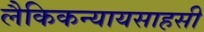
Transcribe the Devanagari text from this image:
लैकिकन्यायसाहसी